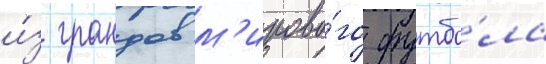
и́з грандов м'ирово́го футбо́ла